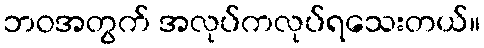
ဘဝအတွက် အလုပ်ကလုပ်ရသေးတယ်။